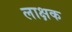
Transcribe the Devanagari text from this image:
लाक्षक